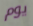
يوم